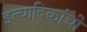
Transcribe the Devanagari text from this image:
इत्यादिकांची